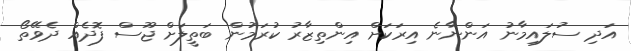
އަދި ސުލައިމާނު އަންނާނެ އިރަކަށް އިންތިޒާރު ކުރަމުން ބަތީލަށް ޖޫސް ފޮދެއް ދެވޭތޯ